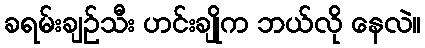
ခရမ်းချဉ်သီး ဟင်းချိုက ဘယ်လို နေလဲ။